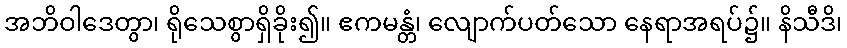
အဘိဝါဒေတွာ၊ ရိုသေစွာရှိခိုး၍။ ဧကမန္တံ၊ လျောက်ပတ်သော နေရာအရပ်၌။ နိသီဒိ၊